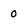
Character: 0